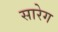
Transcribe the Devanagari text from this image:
सारेग